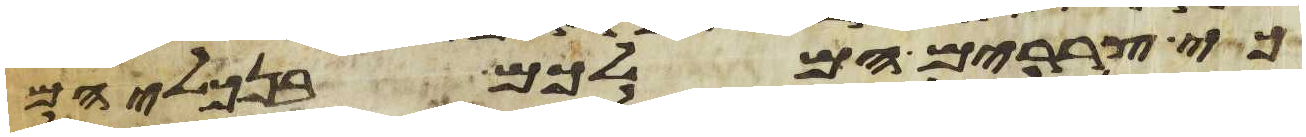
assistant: כי צררים הם לכם בנכליהם